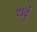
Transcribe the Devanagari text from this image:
थवुं